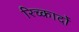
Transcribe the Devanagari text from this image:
रिच्कार्दो